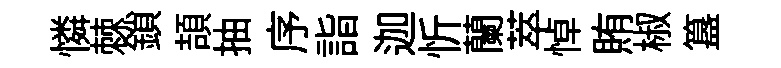
憐棘鎖頡抽序詣迦忻蘭萃悼賄椒簋